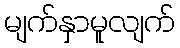
မျက်နှာမူလျက်